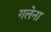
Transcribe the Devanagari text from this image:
गलेना